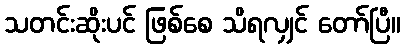
သတင်းဆိုးပင် ဖြစ်စေ သိရလျှင် တော်ပြီ။